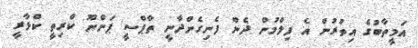
އަމީތާބުގެ އިތުރުން އެ ފިލްމުން ދެން ފެނިގެންދާނީ ތާޕްސީ ޕަންނޫ ކްރިތީ ކްޅާރީ